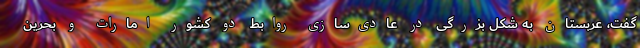
گفت، عربستان به شکل بزرگی در عادی‌سازی روابط دو کشور امارات و بحرین